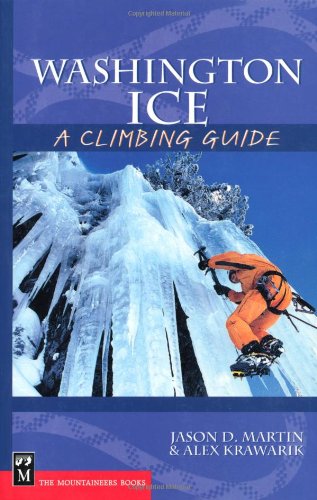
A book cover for Washington Ice: A Climbing Guide (Climbing Guides); Alex Krawarik; Sports & Outdoors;